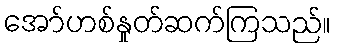
အော်ဟစ်နှုတ်ဆက်ကြသည်။